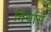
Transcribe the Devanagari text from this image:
तिर्थास